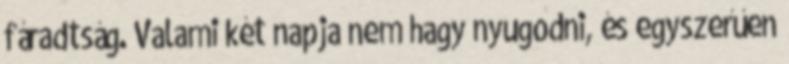
fáradtság. Valami két napja nem hagy nyugodni, és egyszerűen